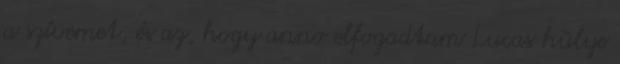
a szívemet, és az, hogy anno elfogadtam Lucas hülye